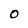
Character: 0